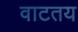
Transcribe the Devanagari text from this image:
वाटतय